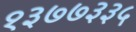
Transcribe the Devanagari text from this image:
१३७७३३५